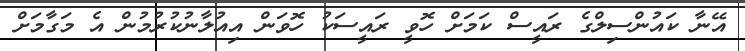
އޭނާ ކައުންސިލްގެ ރައީސް ކަމަށް ހޮވީ ރައީސަކު ހޮވަން އިއުލާނުކުރުމުން އެ މަގާމަށް